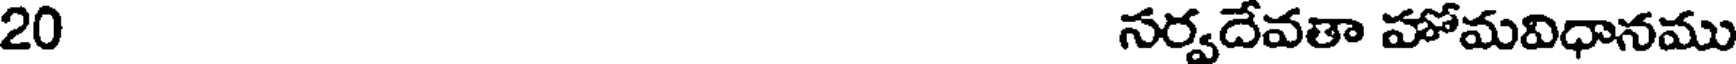
20 నర్వదేవతా హోమవిధానము